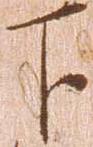
下